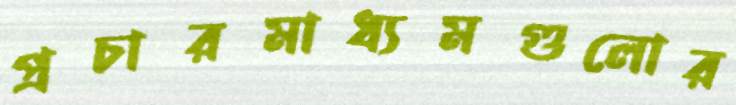
প্রচারমাধ্যমগুলোর